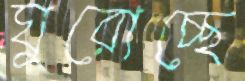
ঘুরোচ্ছে